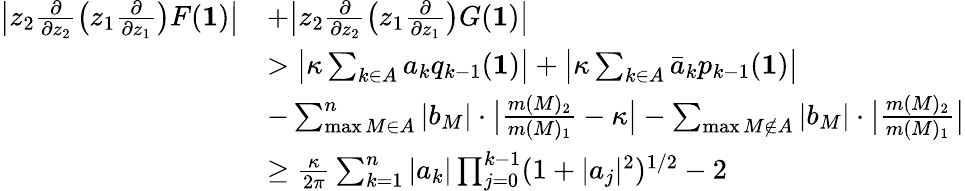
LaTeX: \begin{array}{rl}{\big|z_{2}\frac{\partial}{\partial z_{2}}\big(z_{1}\frac{\partial}{\partial z_{1}}\big)F({\mathbf 1})\big|}&{+\big|z_{2}\frac{\partial}{\partial z_{2}}\big(z_{1}\frac{\partial}{\partial z_{1}}\big)G({\mathbf 1})\big|}\\ &{>\big|\kappa\sum_{k\in A}a_{k}{q_{k-1}({\mathbf 1})}\big|+\big|\kappa\sum_{k\in A}\bar{a}_{k}{p_{k-1}({\mathbf 1})}\big|}\\ &{-\sum_{\operatorname*{max}M\in A}^{n}|b_{M}|\cdot\big|\frac{m(M)_{2}}{m(M)_{1}}-\kappa\big|-\sum_{\operatorname*{max}M\notin A}|b_{M}|\cdot\big|\frac{m(M)_{2}}{m(M)_{1}}\big|}\\ &{\geq\frac{\kappa}{2\pi}\sum_{k=1}^{n}|a_{k}|\prod_{j=0}^{k-1}(1+|a_{j}|^{2})^{1/2}-2}\end{array}